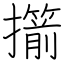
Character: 擶